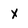
Character: x